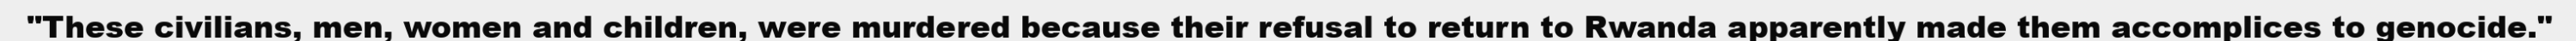
"These civilians, men, women and children, were murdered because their refusal to return to Rwanda apparently made them accomplices to genocide."